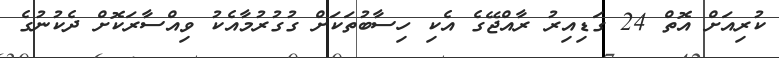
ކުރިއަށް އޮތް 24 ގަޑިއިރު ރާއްޖޭގެ އެކި ހިސާބުތަކަށް ގުގުރުމާއެކު ވިއްސާރަކޮށް ދެކުނުގެ